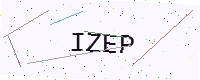
Text: IZEP